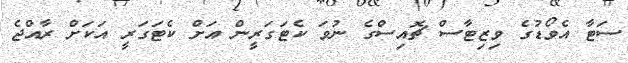
ސަޓާ އެވޯޑުގެ ވިޒިޓާސް ޗޮއިސްގެ ނުވަ ކެޓަގަރީން އަށް ކެޓަގަރީ އަކަށް ރާއްޖެ